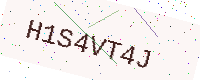
Text: H1S4VT4J